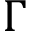
\Gamma